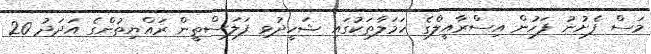
މަސް ފެށުނު ފަހުން އިސްރާއީލްގެ ހަމަލާތަކުގައި ޝަހީދުވި ފަލަސްތީން ރައްޔިތުންގެ އަދަދު 20